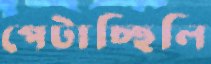
পেটাচ্ছিলি